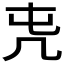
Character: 𠘸